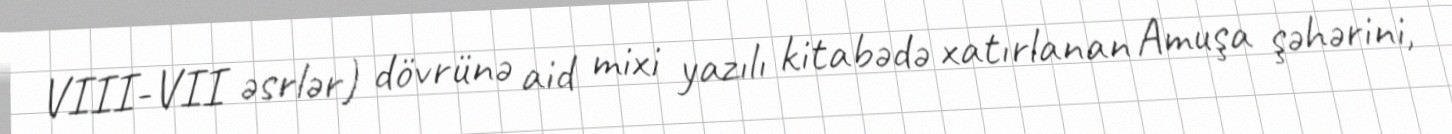
VIII-VII əsrlər) dövrünə aid mixi yazılı kitabədə xatırlanan Amuşa şəhərini,